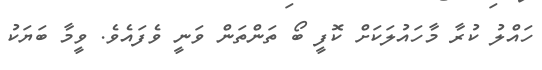
ހައްލު ކުރާ މާހައުލަކަށް ކޮފީ ބޯ ތަންތަން ވަނީ ވެފައެވެ. ވީމާ ބަޔަކު